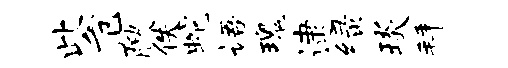
此危腴佚蛇语瑰逮绿琰拜